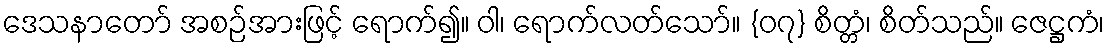
ဒေသနာတော် အစဉ်အားဖြင့် ရောက်၍။ ဝါ၊ ရောက်လတ်သော်။ {၀၇} စိတ္တံ၊ စိတ်သည်။ ဇေဋ္ဌကံ၊